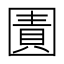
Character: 𭍬